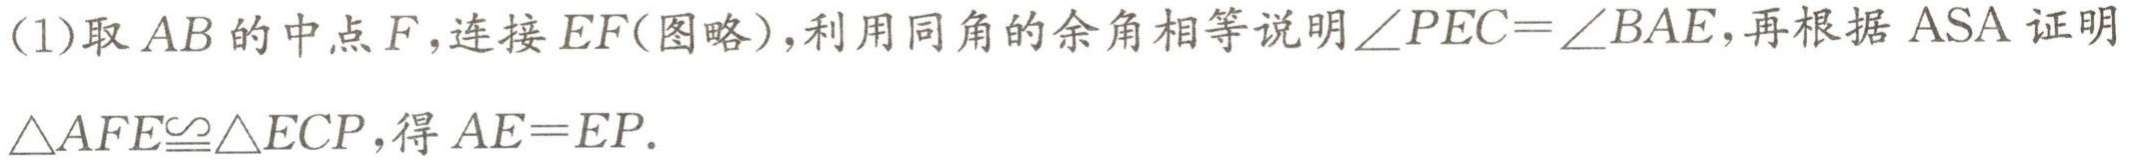
(1)取 \(AB\) 的中点 \(F\)，连接 \(EF\)(图略)，利用同角的余角相等说明\(\angle PEC = \angle BAE\)，再根据 \(ASA\) 证明\(\triangle AFE\cong\triangle ECP\)，得 \(AE = EP\).